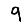
Digit: 9